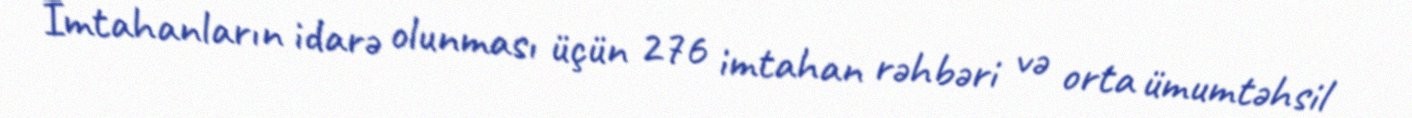
İmtahanların idarə olunması üçün 276 imtahan rəhbəri və orta ümumtəhsil